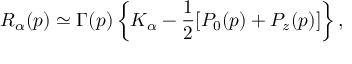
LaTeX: R _ { \alpha } ( p ) \simeq \Gamma ( p ) \left\{ K _ { \alpha } - \frac { 1 } { 2 } [ P _ { 0 } ( p ) + P _ { z } ( p ) ] \right\} ,